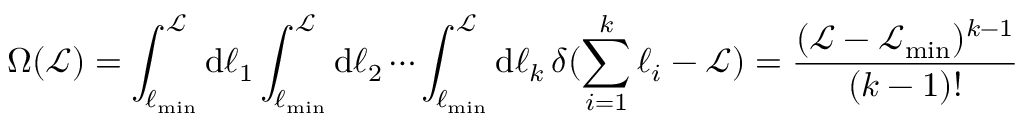
\Omega ( \mathcal { L } ) = \int _ { \ell _ { \mathrm { m i n } } } ^ { \mathcal { L } } \mathrm { d } \ell _ { 1 } \int _ { \ell _ { \mathrm { m i n } } } ^ { \mathcal { L } } \mathrm { d } \ell _ { 2 } \cdots \int _ { \ell _ { \mathrm { m i n } } } ^ { \mathcal { L } } \mathrm { d } \ell _ { k } \, \delta ( \sum _ { i = 1 } ^ { k } \ell _ { i } - \mathcal { L } ) = \frac { ( \mathcal { L } - \mathcal { L } _ { \mathrm { m i n } } ) ^ { k - 1 } } { ( k - 1 ) ! }